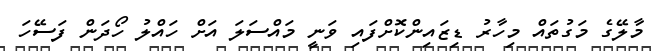
މާލޭގެ މަގުތައް މިހާރު ޑިޒައިންކޮށްފައި ވަނީ މައްސަލަ އަށް ހައްލު ހޯދަން ފަސޭހަ